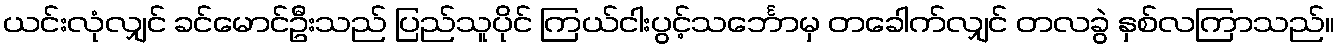
ယင်းလုံလျှင် ခင်မောင်ဦးသည် ပြည်သူပိုင် ကြယ်ငါးပွင့်သင်္ဘောမှ တခေါက်လျှင် တလခွဲ နှစ်လကြာသည်။